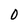
Character: 0